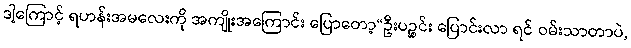
ဒါ့ကြောင့် ရဟန်းအမလေးကို အကျိုးအကြောင်း ပြောတော့“ဦးပဉ္စင်း ပြောင်းလာ ရင် ဝမ်းသာတာပဲ,